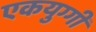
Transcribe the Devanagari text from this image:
एकयुग्गी